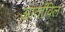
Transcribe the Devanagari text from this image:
आर्ताविल